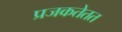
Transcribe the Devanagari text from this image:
प्रजकतेतत